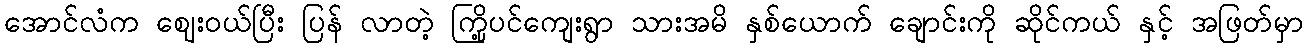
အောင်လံက ဈေးဝယ်ပြီး ပြန် လာတဲ့ ကြို့ပင်ကျေးရွာ သားအမိ နှစ်ယောက် ချောင်းကို ဆိုင်ကယ် နှင့် အဖြတ်မှာ